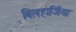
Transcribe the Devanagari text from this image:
बिलहार्जिया